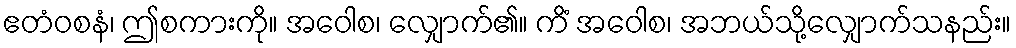
ဧတံဝစနံ၊ ဤစကားကို။ အဝေါစ၊ လျှောက်၏။ ကိံ အဝေါစ၊ အဘယ်သို့လျှောက်သနည်း။